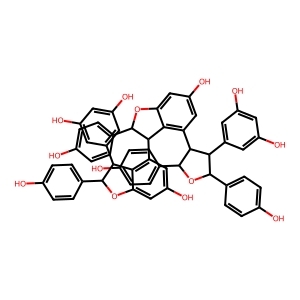
SMILES: Oc1ccc(C2Oc3cc(O)cc(C4c5c(cc(O)cc5C5C(c6ccc(O)cc6)OC(c6ccc(O)cc6)C5c5cc(O)cc(O)c5)OC4c4ccc(O)cc4)c3C2c2cc(O)cc(O)c2)cc1
Inhibits HIV replication: Yes